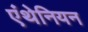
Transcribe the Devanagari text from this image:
एंथेनियन